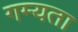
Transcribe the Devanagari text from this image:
गम्यता